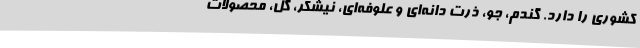
کشوری را دارد. گندم، جو، ذرت دانه‌ای و علوفه‌ای، نیشکر، گل، محصولات